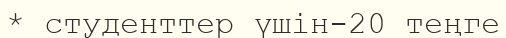
* студенттер үшін-20 теңге